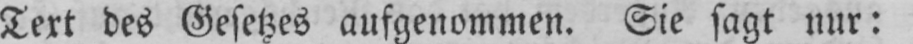
Text des Gesetzes aufgenommen. Sie sagt nur: